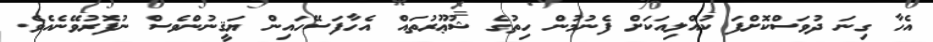
އެހާ ގިނަ ދުވަސްކޮށްފަ ކުއްލިއަކަށް ފެނުމުން ހިތުގެ ޝުޢޫރުތައް އެހާފަސޭހައިން ޔަޤީނުންވެސް ނުފޮރުވޭނެއެވެ.